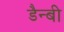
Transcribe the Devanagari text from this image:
डैन्बी